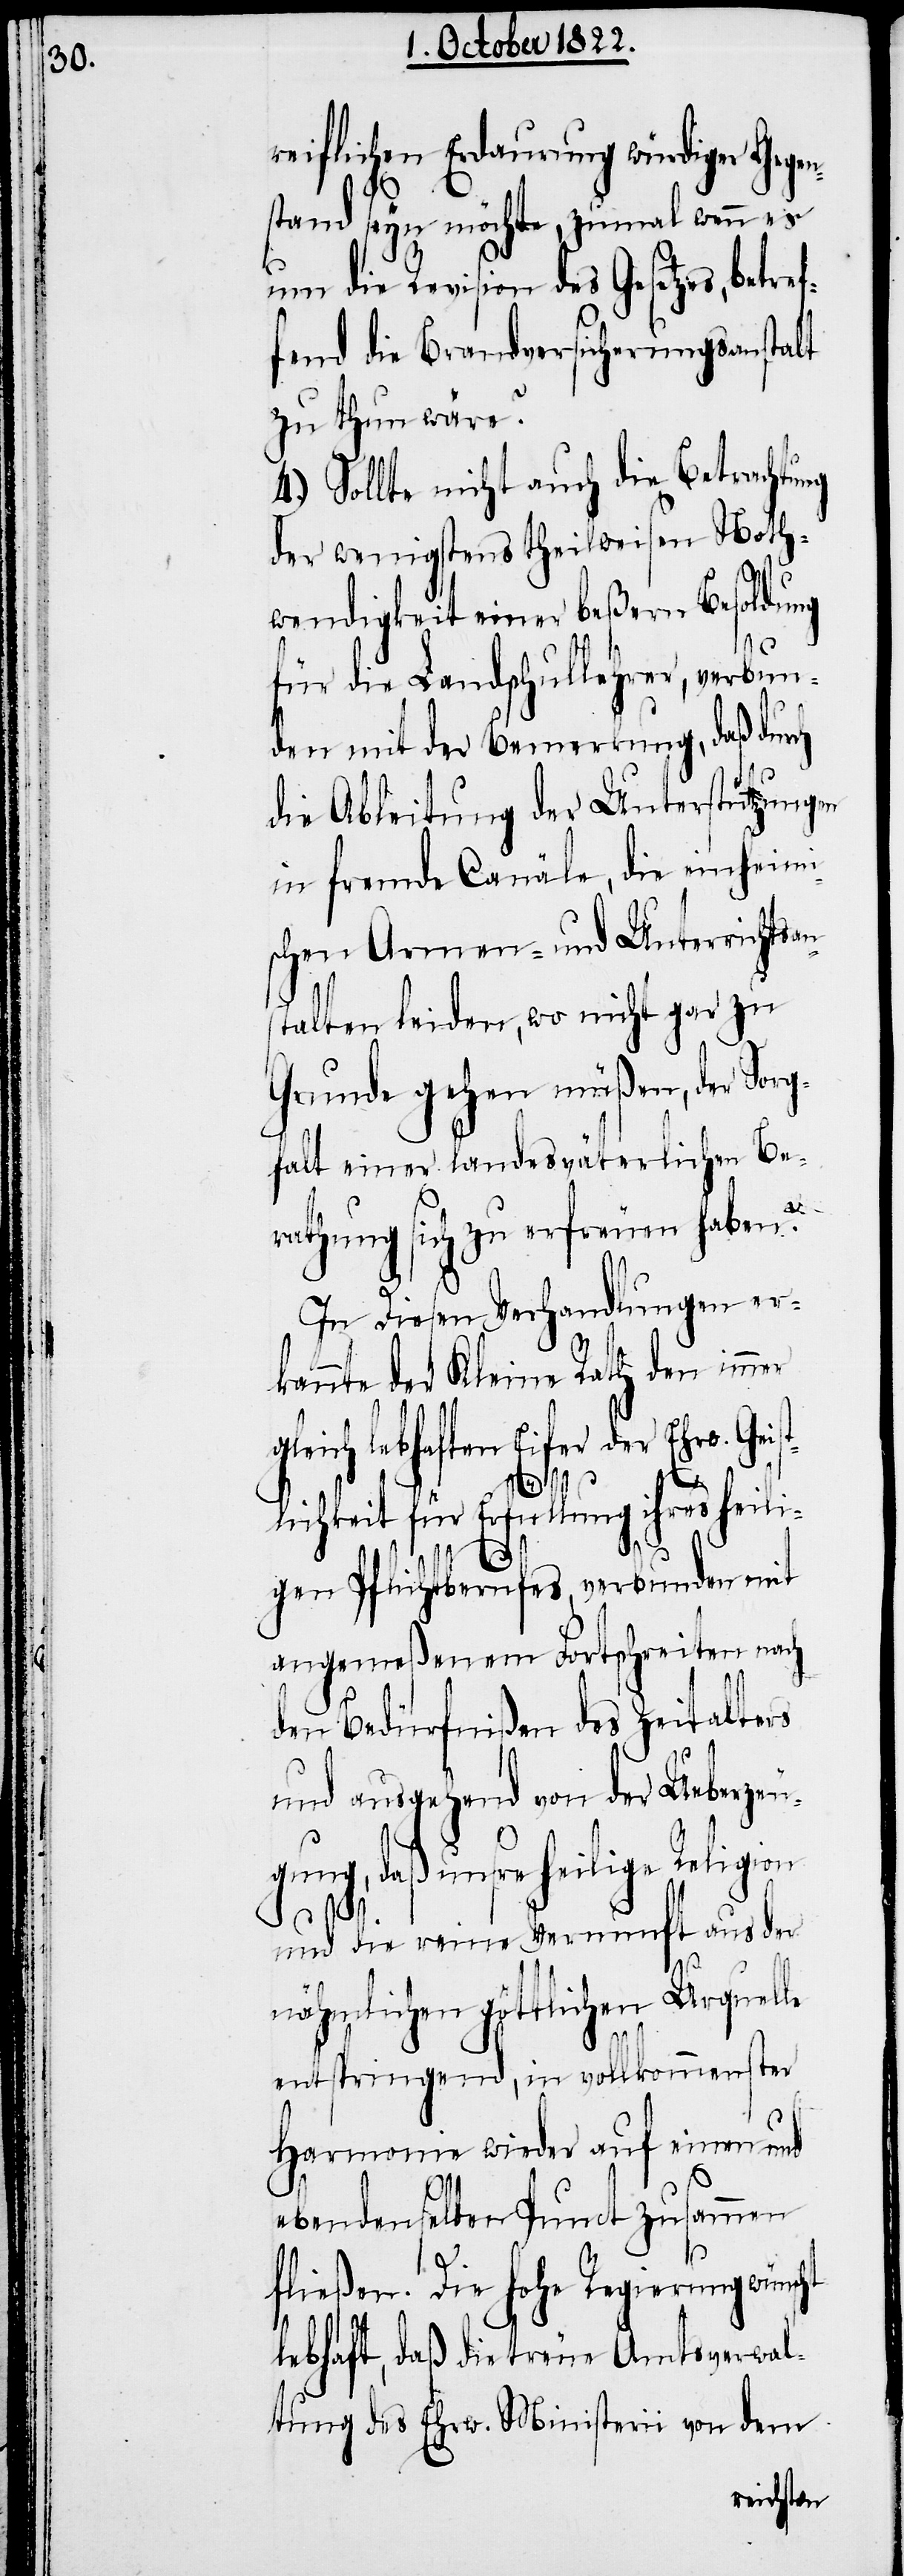
reiflichen Erdaurung würdiger Gegen¬
stand seyn möchte, zumal wenn es
um die Revision des Gesetzes, bet¬
fend die Brandversicherungsanstalt
zu thun wäre?
4.) Sollte nicht auch die Betrachtung
der wenigstens theilweisen Noth¬
wendigkeit einer beßern Besoldung
für die Landschullehrer, verbun¬
den mit der Bemerkung, daß durch
die Ableitung der Unterstützungen
in fremde Canäle, die einheimi¬
schen Armen- und Unterrichtsa¬
stalten leiden, wo nicht gar zu
Grunde gehen müßen, der Sorg¬
falt einer landesväterlichen Be¬
rathung sich zu erfreuen haben?
In diesen Verhandlungen er¬
kannte der Kleine Rath den immer
gleich lebhaften Eifer der Ehrw. Gei¬
cht
lichkeit für Erfüllung ihres heili¬
gen Pflichtberufes, verbunden mit
angemeßenem Fortschreiten nach
den Bedürfnißen des Zeitalters
und ausgehend von der Ueberzeu¬
gung, daß unsre heilige Religion
ref¬
und die reine Vernunft aus der
nähmlichen göttlichen Urquelle
entspringend, in vollkommenster
Harmonie wieder auf einen und
ebendenselben Punct zusammen
n¬
fließen. Die hohe Regierung wüns¬
lebhaft, daß die treue Amtsverwal¬
tung des Ehrw. Ministerii von dem